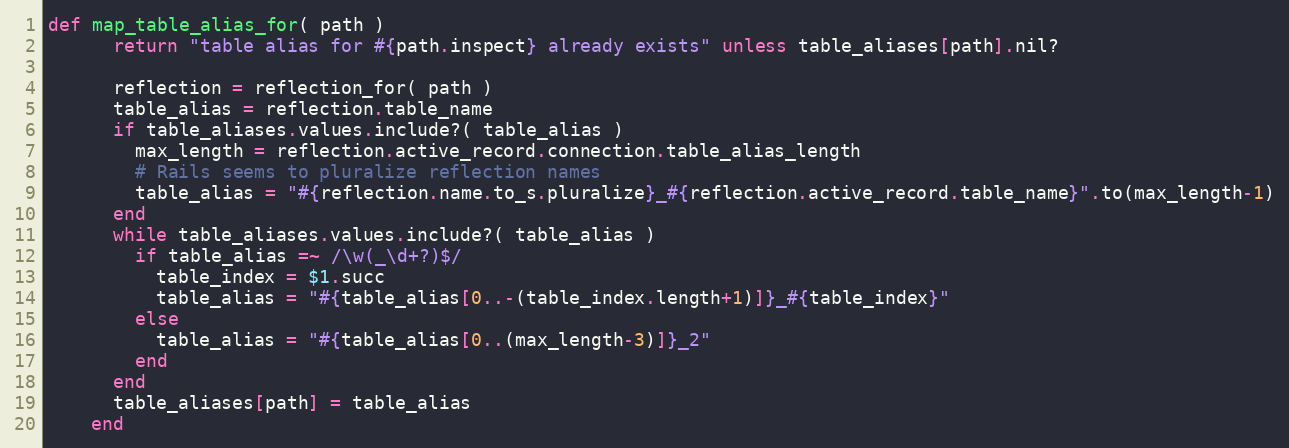
Language: Ruby
def map_table_alias_for( path )
      return "table alias for #{path.inspect} already exists" unless table_aliases[path].nil?

      reflection = reflection_for( path )
      table_alias = reflection.table_name
      if table_aliases.values.include?( table_alias )
        max_length = reflection.active_record.connection.table_alias_length
        # Rails seems to pluralize reflection names
        table_alias = "#{reflection.name.to_s.pluralize}_#{reflection.active_record.table_name}".to(max_length-1)
      end
      while table_aliases.values.include?( table_alias )
        if table_alias =~ /\w(_\d+?)$/
          table_index = $1.succ
          table_alias = "#{table_alias[0..-(table_index.length+1)]}_#{table_index}"
        else
          table_alias = "#{table_alias[0..(max_length-3)]}_2"
        end
      end
      table_aliases[path] = table_alias
    end